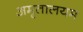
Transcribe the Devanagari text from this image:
अमृतालयम